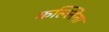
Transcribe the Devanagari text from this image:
कल्लिना